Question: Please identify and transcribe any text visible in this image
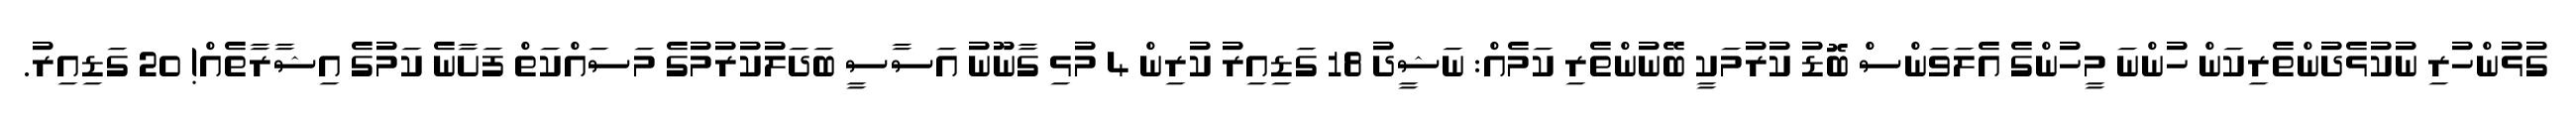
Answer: ގުޅުންހުރި ނުކުޅެދުންތެރިކަން ހުންނަ މީހުންގެ އެލަވަންސް ބޮޑު ކުރުމަކީ ބޭނުންތެރި ކަމެއް: ނަޝީދު 18 ގަޑިއިރު ކުރިން 4 މުޅި ގާނޫނު އަސާސީ ބަދަލުކުރުމުގެ މަސައްކަތް ފަށާނެ ކަމުގެ އިޝާރާތެއް! 20 ގަޑިއިރު.